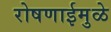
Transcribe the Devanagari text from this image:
रोषणाईमुळे